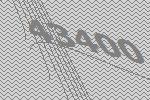
43400